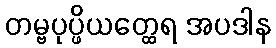
တမ္ဗပုပ္ဖိယတ္ထေရ အပဒါန